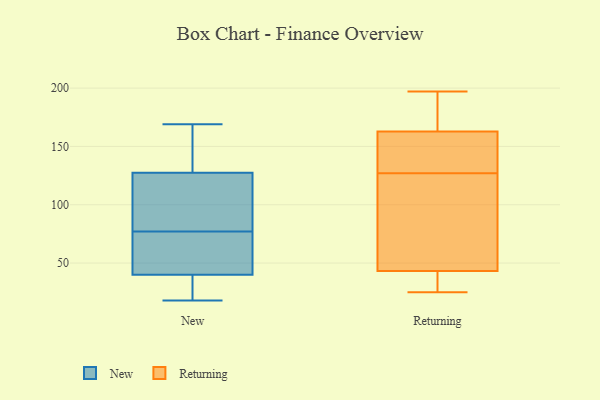
{"axis": {"x": "Page Views", "y": "Value"}, "legend": ["New", "Returning"], "data": [{"x": "", "y": 23, "type": "New"}, {"x": "", "y": 73, "type": "New"}, {"x": "", "y": 42, "type": "New"}, {"x": "", "y": 169, "type": "New"}, {"x": "", "y": 117, "type": "New"}, {"x": "", "y": 38, "type": "New"}, {"x": "", "y": 44, "type": "New"}, {"x": "", "y": 112, "type": "New"}, {"x": "", "y": 18, "type": "New"}, {"x": "", "y": 81, "type": "New"}, {"x": "", "y": 138, "type": "New"}, {"x": "", "y": 140, "type": "New"}, {"x": "", "y": 147, "type": "Returning"}, {"x": "", "y": 197, "type": "Returning"}, {"x": "", "y": 193, "type": "Returning"}, {"x": "", "y": 31, "type": "Returning"}, {"x": "", "y": 127, "type": "Returning"}, {"x": "", "y": 147, "type": "Returning"}, {"x": "", "y": 174, "type": "Returning"}, {"x": "", "y": 30, "type": "Returning"}, {"x": "", "y": 34, "type": "Returning"}, {"x": "", "y": 40, "type": "Returning"}, {"x": "", "y": 195, "type": "Returning"}, {"x": "", "y": 121, "type": "Returning"}, {"x": "", "y": 144, "type": "Returning"}, {"x": "", "y": 122, "type": "Returning"}, {"x": "", "y": 125, "type": "Returning"}, {"x": "", "y": 53, "type": "Returning"}, {"x": "", "y": 25, "type": "Returning"}, {"x": "", "y": 168, "type": "Returning"}, {"x": "", "y": 130, "type": "Returning"}]}